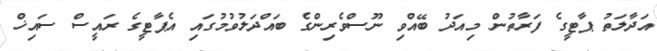
އަދާލަތު ޕާޓީގެ ފަރާތުން މިއަދު ބޭއްވި ނޫސްވެރިންގެ ބައްދަލުވުމުގައި އެޕާޓީގެ ރައީސް ސައިޚް